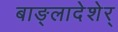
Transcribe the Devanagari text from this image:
बाङ्लादेशेर्